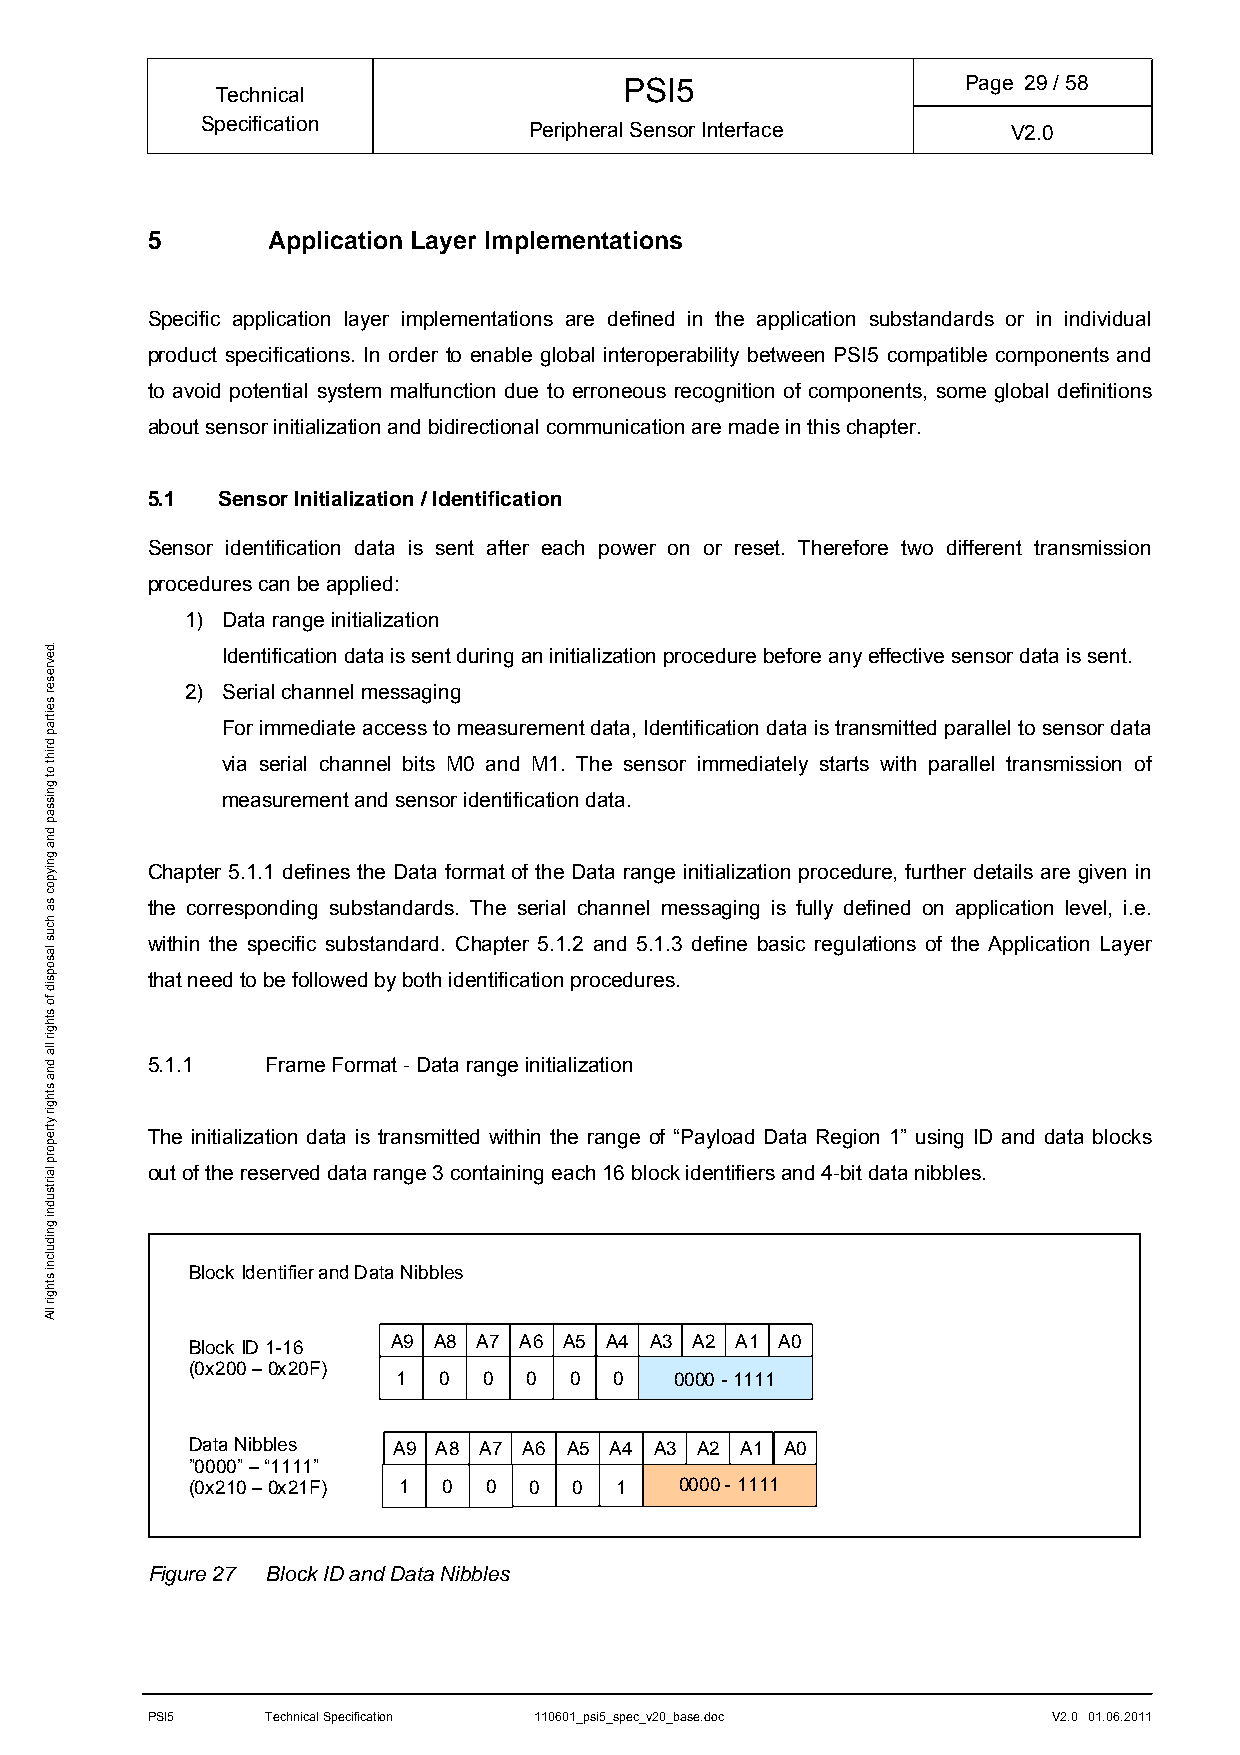
PSI5                   Page 29/ 58
 Technical
 Specification         Peripheral Sensor Interface     V2.0
 5       Application Layer Implementations
 Specific application layer implementations are defined in the application substandards or in individual
 product specifications. In order to enable global interoperability between PSI5 compatible components and
 to avoid potential system malfunction due to erroneous recognition of components, some global definitions
 about sensor initialization and bidirectional communication are made in this chapter.
 5.1 Sensor Initialization / Identification
 Sensor identification data is sent after each power on or reset. Therefore two different transmission
 procedures can be applied:
 1) Data range initialization
 Identification data is sent during an initialization procedure before any effective sensor data is sent.
 2) Serial channel messaging
 For immediate access to measurement data, Identification data is transmitted parallel to sensor data
 via serial channel bits M0 and M1. The sensor immediately starts with parallel transmission of
 measurement and sensor identification data.
 Chapter 5.1.1 defines the Data format of the Data range initialization procedure, further details are given in
 the corresponding substandards. The serial channel messaging is fully defined on application level, i.e.
 within the specific substandard. Chapter 5.1.2 and 5.1.3 define basic regulations of the Application Layer
 that need to be followed by both identification procedures.
 5.1.1   Frame Format - Data range initialization
 The initialization data is transmitted within the range of “Payload Data Region 1” using ID and data blocks
 out of the reserved data range 3 containing each 16 block identifiers and 4-bit data nibbles.
 Block Identifier and Data Nibbles
 Block ID 1-16 A9 A8 A7 A6 A5 A4 A3 A2 A1 A0
 (0x200 – 0x20F)
 1  0  0  0  0  0   0000 - 1111
 Data Nibbles  A9 A8 A7 A6 A5 A4 A3 A2 A1 A0
 ”0000” – “1111”
 (0x210 – 0x21F) 1 0 0  0  0  1   0000 - 1111
 Figure 27 Block ID and Data Nibbles
 PSI5    Technical Specification 110601_psi5_spec_v20_base.doc V2.0 01.06.2011
 .devreser
 seitrap
 driht
 ot
 gnissap
 dna
 gniypoc
 sa
 hcus
 lasopsid
 fo
 sthgir
 lla
 dna
 sthgir
 ytreporp
 lairtsudni
 gnidulcni
 sthgir
 llA